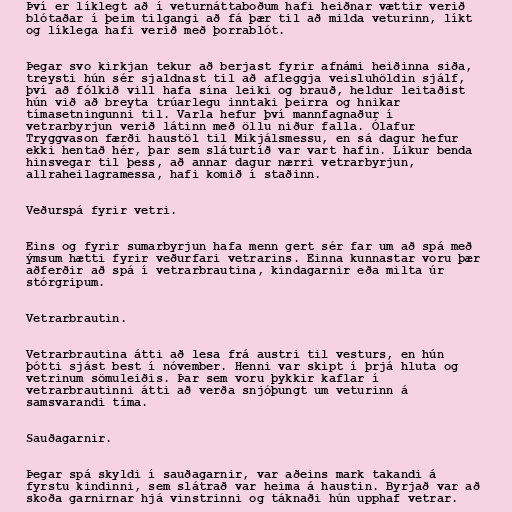
Því er líklegt að í veturnáttaboðum hafi heiðnar vættir verið
blótaðar í þeim tilgangi að fá þær til að milda veturinn, líkt
og líklega hafi verið með þorrablót.

Þegar svo kirkjan tekur að berjast fyrir afnámi heiðinna siða,
treysti hún sér sjaldnast til að afleggja veisluhöldin sjálf,
því að fólkið vill hafa sína leiki og brauð, heldur leitaðist
hún við að breyta trúarlegu inntaki þeirra og hnikar
tímasetningunni til. Varla hefur því mannfagnaður í
vetrarbyrjun verið látinn með öllu niður falla. Ólafur
Tryggvason færði haustöl til Mikjálsmessu, en sá dagur hefur
ekki hentað hér, þar sem sláturtíð var vart hafin. Líkur benda
hinsvegar til þess, að annar dagur nærri vetrarbyrjun,
allraheilagramessa, hafi komið í staðinn.

Veðurspá fyrir vetri.

Eins og fyrir sumarbyrjun hafa menn gert sér far um að spá með
ýmsum hætti fyrir veðurfari vetrarins. Einna kunnastar voru þær
aðferðir að spá í vetrarbrautina, kindagarnir eða milta úr
stórgripum.

Vetrarbrautin.

Vetrarbrautina átti að lesa frá austri til vesturs, en hún
þótti sjást best í nóvember. Henni var skipt í þrjá hluta og
vetrinum sömuleiðis. Þar sem voru þykkir kaflar í
vetrarbrautinni átti að verða snjóþungt um veturinn á
samsvarandi tíma.

Sauðagarnir.

Þegar spá skyldi í sauðagarnir, var aðeins mark takandi á
fyrstu kindinni, sem slátrað var heima á haustin. Byrjað var að
skoða garnirnar hjá vinstrinni og táknaði hún upphaf vetrar.